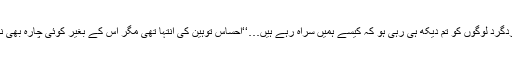
ورنہ اردگرد لوگوں کو تم دیکھ ہی رہی ہو کہ کیسے ہمیں سراہ رہے ہیں…‘‘احساس توہین کی انتہا تھی مگر اس کے بغیر کوئی چارہ بھی نہیں تھا۔